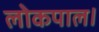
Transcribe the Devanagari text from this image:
लोकपाल।